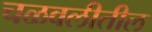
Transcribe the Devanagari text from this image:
चळवलीतील